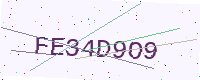
Text: FE34D9O9